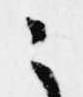
ニ